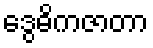
ဒွေဓိကဇာတာ